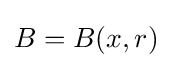
{\textstyle B=B(x,r)}